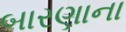
બારણાના